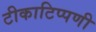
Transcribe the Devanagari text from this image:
टीकाटिप्पणी